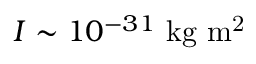
I \sim 1 0 ^ { - 3 1 } ~ \mathrm { k g ~ m ^ { 2 } }